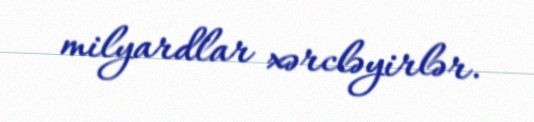
milyardlar xərcləyirlər.